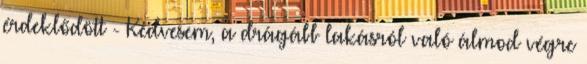
érdeklődött - Kedvesem, a drágább lakásról való álmod végre